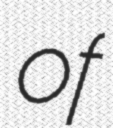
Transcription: of